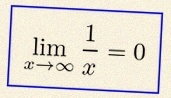
\lim_{x\to\infty}\frac{1}{x}=0